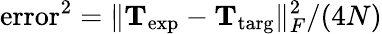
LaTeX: \mathrm{error}^{2}=\lVert\mathbf{T}_{\mathrm{exp}}-\mathbf{T}_{\mathrm{targ}}\rVert_{F}^{2}/(4N)